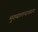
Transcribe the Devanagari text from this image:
मुख्यालयावरून